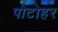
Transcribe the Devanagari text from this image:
पोटोहर